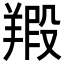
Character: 𦎮